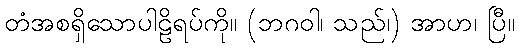
တံအစရှိသောပါဠိရပ်ကို။ (ဘဂဝါ၊ သည်၊) အာဟ၊ ပြီ။